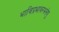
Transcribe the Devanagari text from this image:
भाविप्रभावरभसेषु